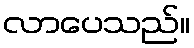
လာပေသည်။